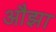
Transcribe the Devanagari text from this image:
औझा